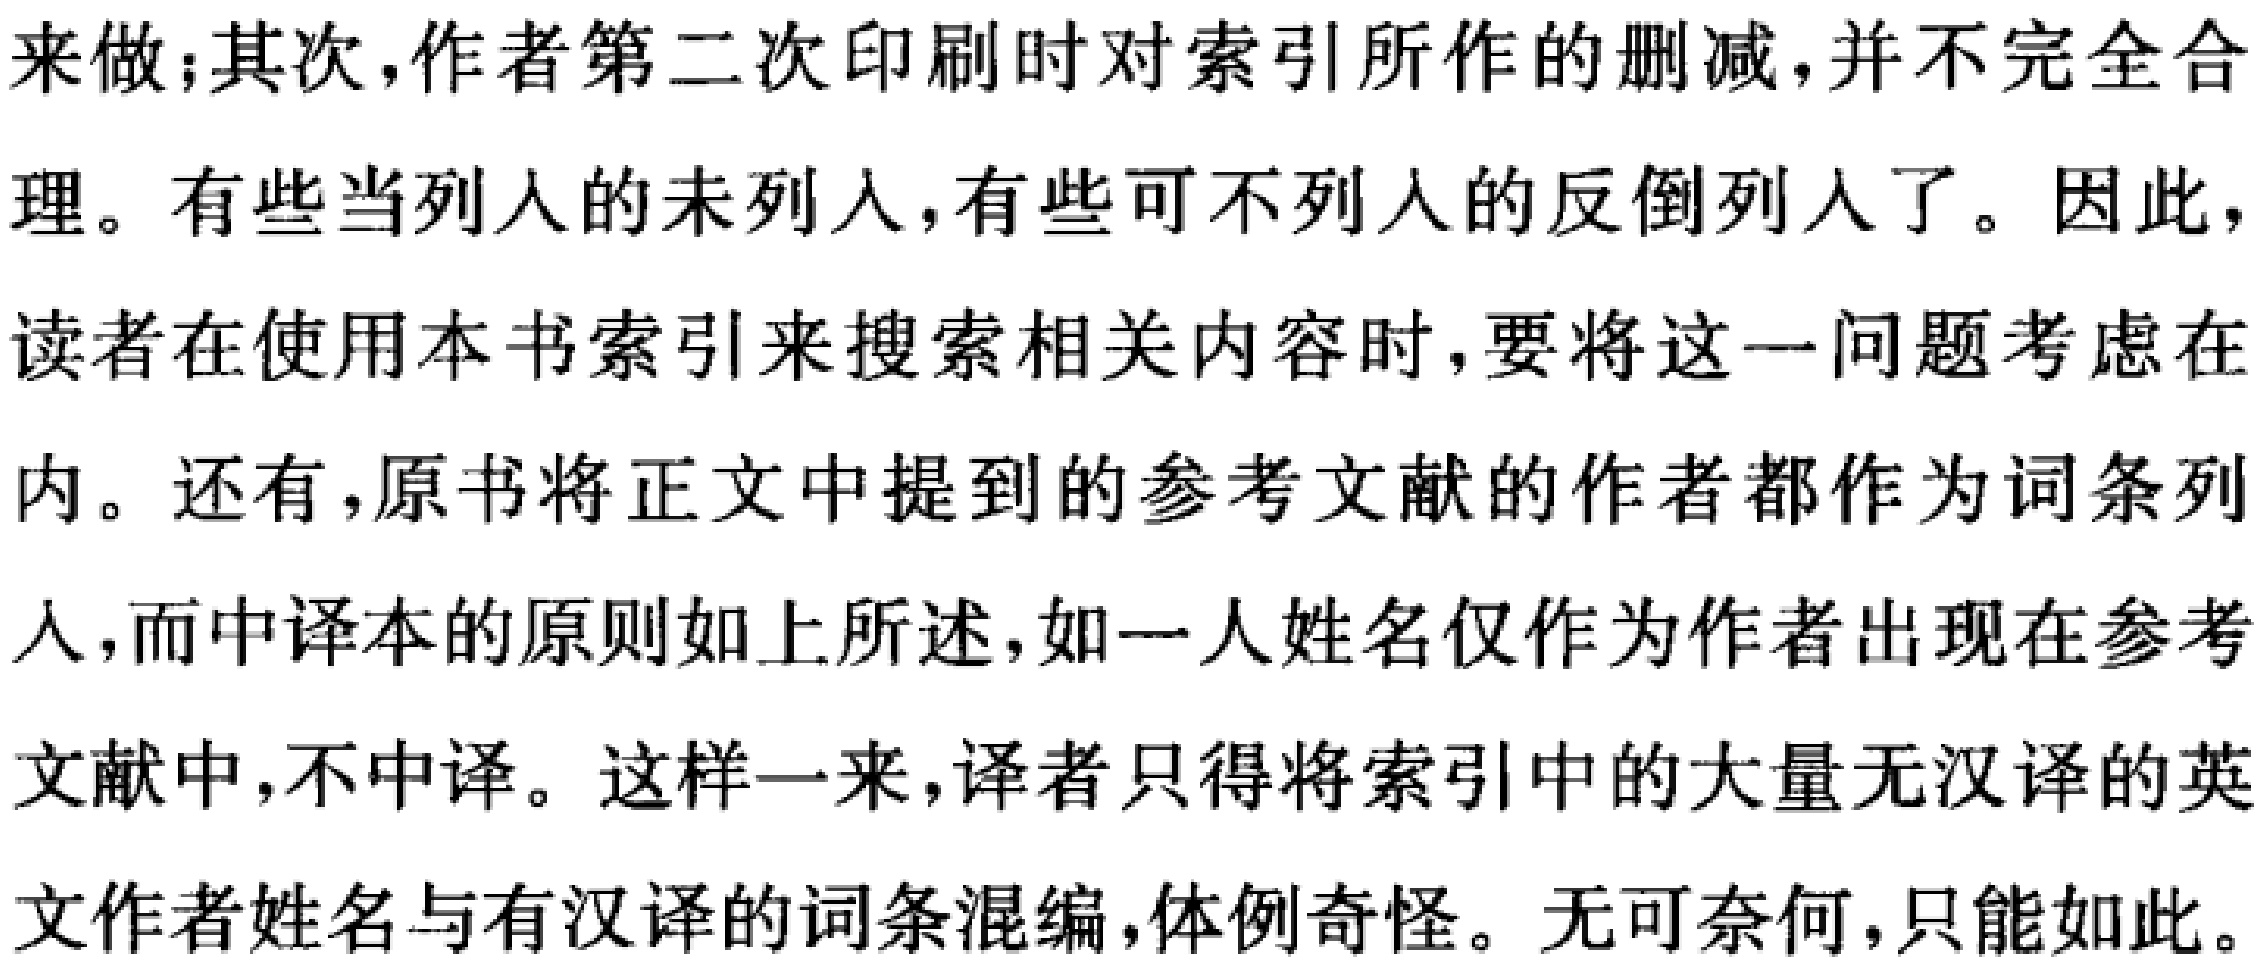
来做;其次,作者第二次印刷时对索引所作的删减,并不完全合
理。有些当列入的未列入,有些可不列入的反倒列入了。因此,
读者在使用本书索引来搜索相关内容时,要将这一问题考虑在
内。还有,原书将正文中提到的参考文献的作者都作为词条列
入,而中译本的原则如上所述,如一人姓名仅作为作者出现在参考
文献中,不中译。这样一来,译者只得将索引中的大量无汉译的英
文作者姓名与有汉译的词条混编,体例奇怪。无可奈何,只能如此。